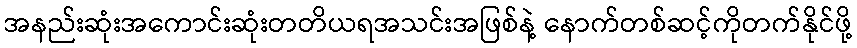
အနည်းဆုံးအကောင်းဆုံးတတိယရအသင်းအဖြစ်နဲ့ နောက်တစ်ဆင့်ကိုတက်နိုင်ဖို့